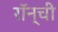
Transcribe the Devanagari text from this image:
रॉन्ची